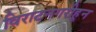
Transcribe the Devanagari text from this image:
विराटनगरीहून